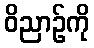
ဝိညာဉ်ကို